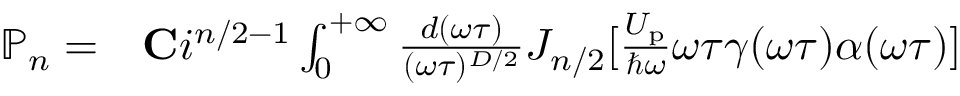
\begin{array} { r l } { \mathbb { P } _ { n } = } & { { } { \bf C } i ^ { n / 2 - 1 } \int _ { 0 } ^ { + \infty } \frac { d ( \omega \tau ) } { ( \omega \tau ) ^ { D / 2 } } J _ { n / 2 } [ \frac { U _ { \mathrm { p } } } { \hbar \omega } \omega \tau \gamma ( \omega \tau ) \alpha ( \omega \tau ) ] } \end{array}